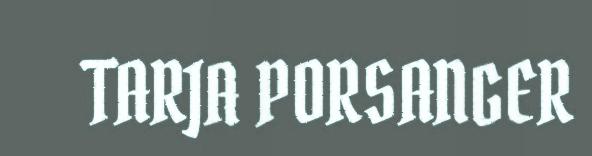
TARJA PORSANGER